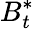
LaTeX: B_{t}^{*}